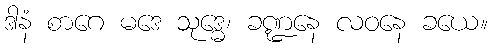
ဒါနံ စာဂေ မဒေ သုဒ္ဓေ၊ ခဏ္ဍနေ လဝနေ ခယေ။